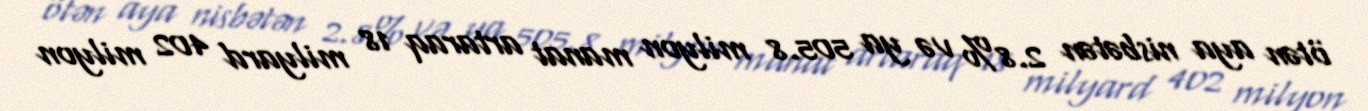
ötən aya nisbətən 2.8% və ya 505.8 milyon manat artaraq 18 milyard 402 milyon